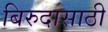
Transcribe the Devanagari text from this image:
बिरुदासाठी